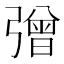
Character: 𢐞